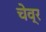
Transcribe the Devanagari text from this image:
चेव्र